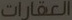
العقارات